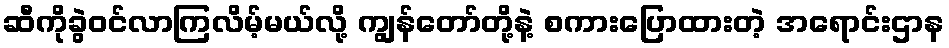
ဆီကိုခွဲဝင်လာကြလိမ့်မယ်လို့ ကျွန်တော်တို့နဲ့ စကားပြောထားတဲ့ အရောင်းဌာန